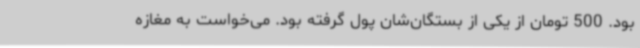
بود. 500 تومان از یکی از بستگان‌شان پول گرفته بود. می‌خواست به مغازه